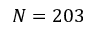
N = 2 0 3